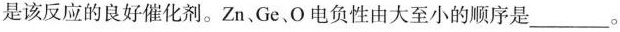
是该反应的良好催化剂。Zn。Ge O电负性由大至小的顺序是___。